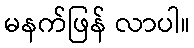
မနက်ဖြန် လာပါ။